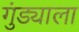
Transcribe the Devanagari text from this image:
गुंड्याला